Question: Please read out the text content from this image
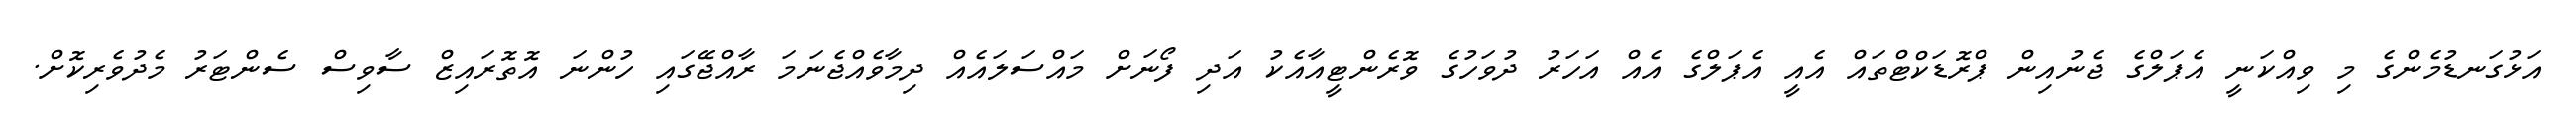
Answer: އަޅުގަނޑުމެންގެ މި ވިއްކަނީ އެޕަލްގެ ޖެނުއިން ޕްރޮޑަކްޓްތައް އެއީ އެޕަލްގެ އެއް އަހަރު ދުވަހުގެ ވޮރެންޓީއާއެކު އަދި ފޯނަށް މައްސަލައެއް ދިމާވެއްޖެނަމަ ރާއްޖޭގައި ހުންނަ އޮތޮރައިޒް ސާވިސް ސެންޓަރު މެދުވެރިކޮށް.